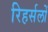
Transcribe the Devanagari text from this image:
रिहर्सलों